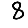
Digit: 8